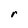
Character: r